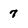
Character: 7